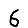
Digit: 6